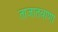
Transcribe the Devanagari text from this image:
ताजातवाणा